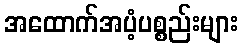
အထောက်အပံ့ပစ္စည်းများ